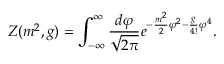
Z ( m ^ { 2 } , g ) = \int _ { - \infty } ^ { \infty } \frac { d \varphi } { \sqrt { 2 \pi } } e ^ { - \frac { m ^ { 2 } } { 2 } \varphi ^ { 2 } - \frac { g } { 4 ! } \varphi ^ { 4 } } .